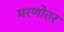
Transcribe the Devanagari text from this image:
मरणोतर